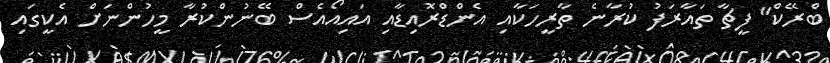
ބްރޭކް" ފީޗާ ތައާރަފު ކުރާނެ ތާރީހަކާއި އެންޑްރޮއިޑާއި އައިއޯއެސް ބޭނުންކުރާ މީހުންނަށް އެކީގައި